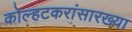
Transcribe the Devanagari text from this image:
कोल्हटकरांसारख्या